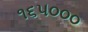
૧૬૫૦૦૦